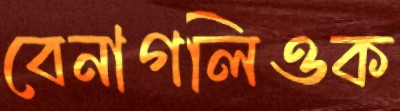
বেনাগলিওক